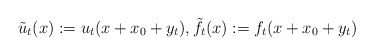
\begin{align*}\tilde u_t(x):=u_t(x+x_0+y_t), \tilde f_t(x):=f_t(x+x_0+y_t)\end{align*}